Civil Veterinary Department. United Provinces 1923-31 - 1923-1931
Year: 1923
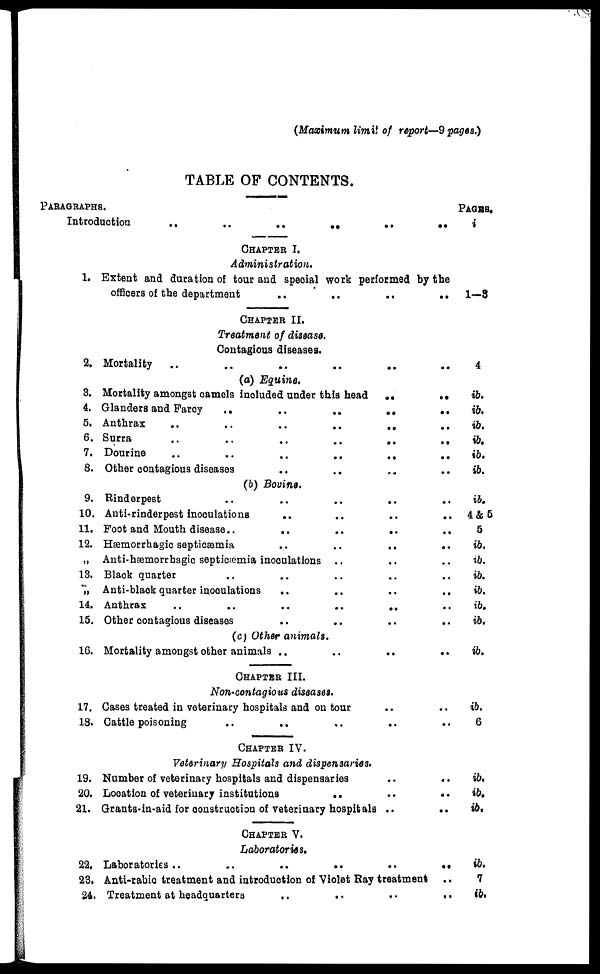
(Maximum limit of report—9 pages.)
TABLE OF CONTENTS.
PARAGRAPHS.
Introduction
..
..
..
..
1.
2.
3.
4.
5.
6.
7.
8.
9.
10.
11.
12.
„
13.
„
14.
15.
16.
17.
13.
19.
20.
21.
22.
23.
24.
CHAPTER I.
Administration.
..
Extent and duration of tour and special work performed by the
CHAPTER II.
Treatment of disease.
Contagious diseases.
Mortality
..
..
..
..
..
(a) Equine.
Mortality amongst camels included under this head
..
Glanders and Farcy
..
..
..
..
Anthrax
..
..
..
..
..
Surra
..
..
..
..
..
Dourine
..
..
..
..
..
Other contagious diseases .. .. ..
(b) Bovine.
Rinderpest .. .. .. ..
Anti-rinderpest inoculations .. .. ..
Foot and Mouth disease.. .. .. ..
Hæmorrhagic septicæmia .. .. ..
Anti-hæmorrhagic septicæmia inoculations .. ..
Black quarter .. .. .. ..
Anti-black quarter inoculations
.. .. ..
Anthrax .. .. .. .. ..
Other contagious diseases .. .. ..
(c) Other animals.
Mortality amongst other animals .. .. ..
CHAPTER III.
Non-contagious diseases.
Cases treated in veterinary hospitals and on tour ..
Cattle poisoning .. .. .. ..
CHAPTER IV.
Veterinary Hospitals and dispensaries.
Number of veterinary hospitals and dispensaries ..
Location of veterinary institutions
.. ..
Grants-in-aid for construction of veterinary hospitals ..
CHAPTER V.
Laboratories.
Laboratories ..
..
..
.. ..
Anti-rabic treatment and introduction of Violet Ray treatment
Treatment at headquarters
..
..
. .
..
..
..
..
..
..
..
..
..
..
..
..
..
..
..
..
..
..
..
..
..
..
..
..
..
PAGES.
i
1-3
4
ib.
ib.
ib.
ib.
ib.
ib.
ib.
4 & 5
5
ib.
ib.
ib.
ib.
ib.
ib.
ib.
ib.
6
ib.
ib.
ib,
ib.
7
ib.